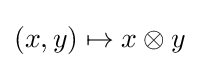
(x,y)\mapsto x\otimes y